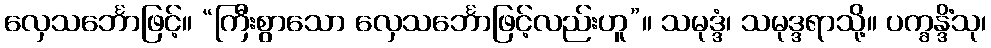
လှေသင်္ဘောဖြင့်။ “ကြီးစွာသော လှေသင်္ဘောဖြင့်လည်းဟူ”။ သမုဒ္ဒံ၊ သမုဒ္ဒရာသို့။ ပက္ခန္ဒိံသု၊